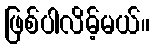
ဖြစ်ပါလိမ့်မယ်။